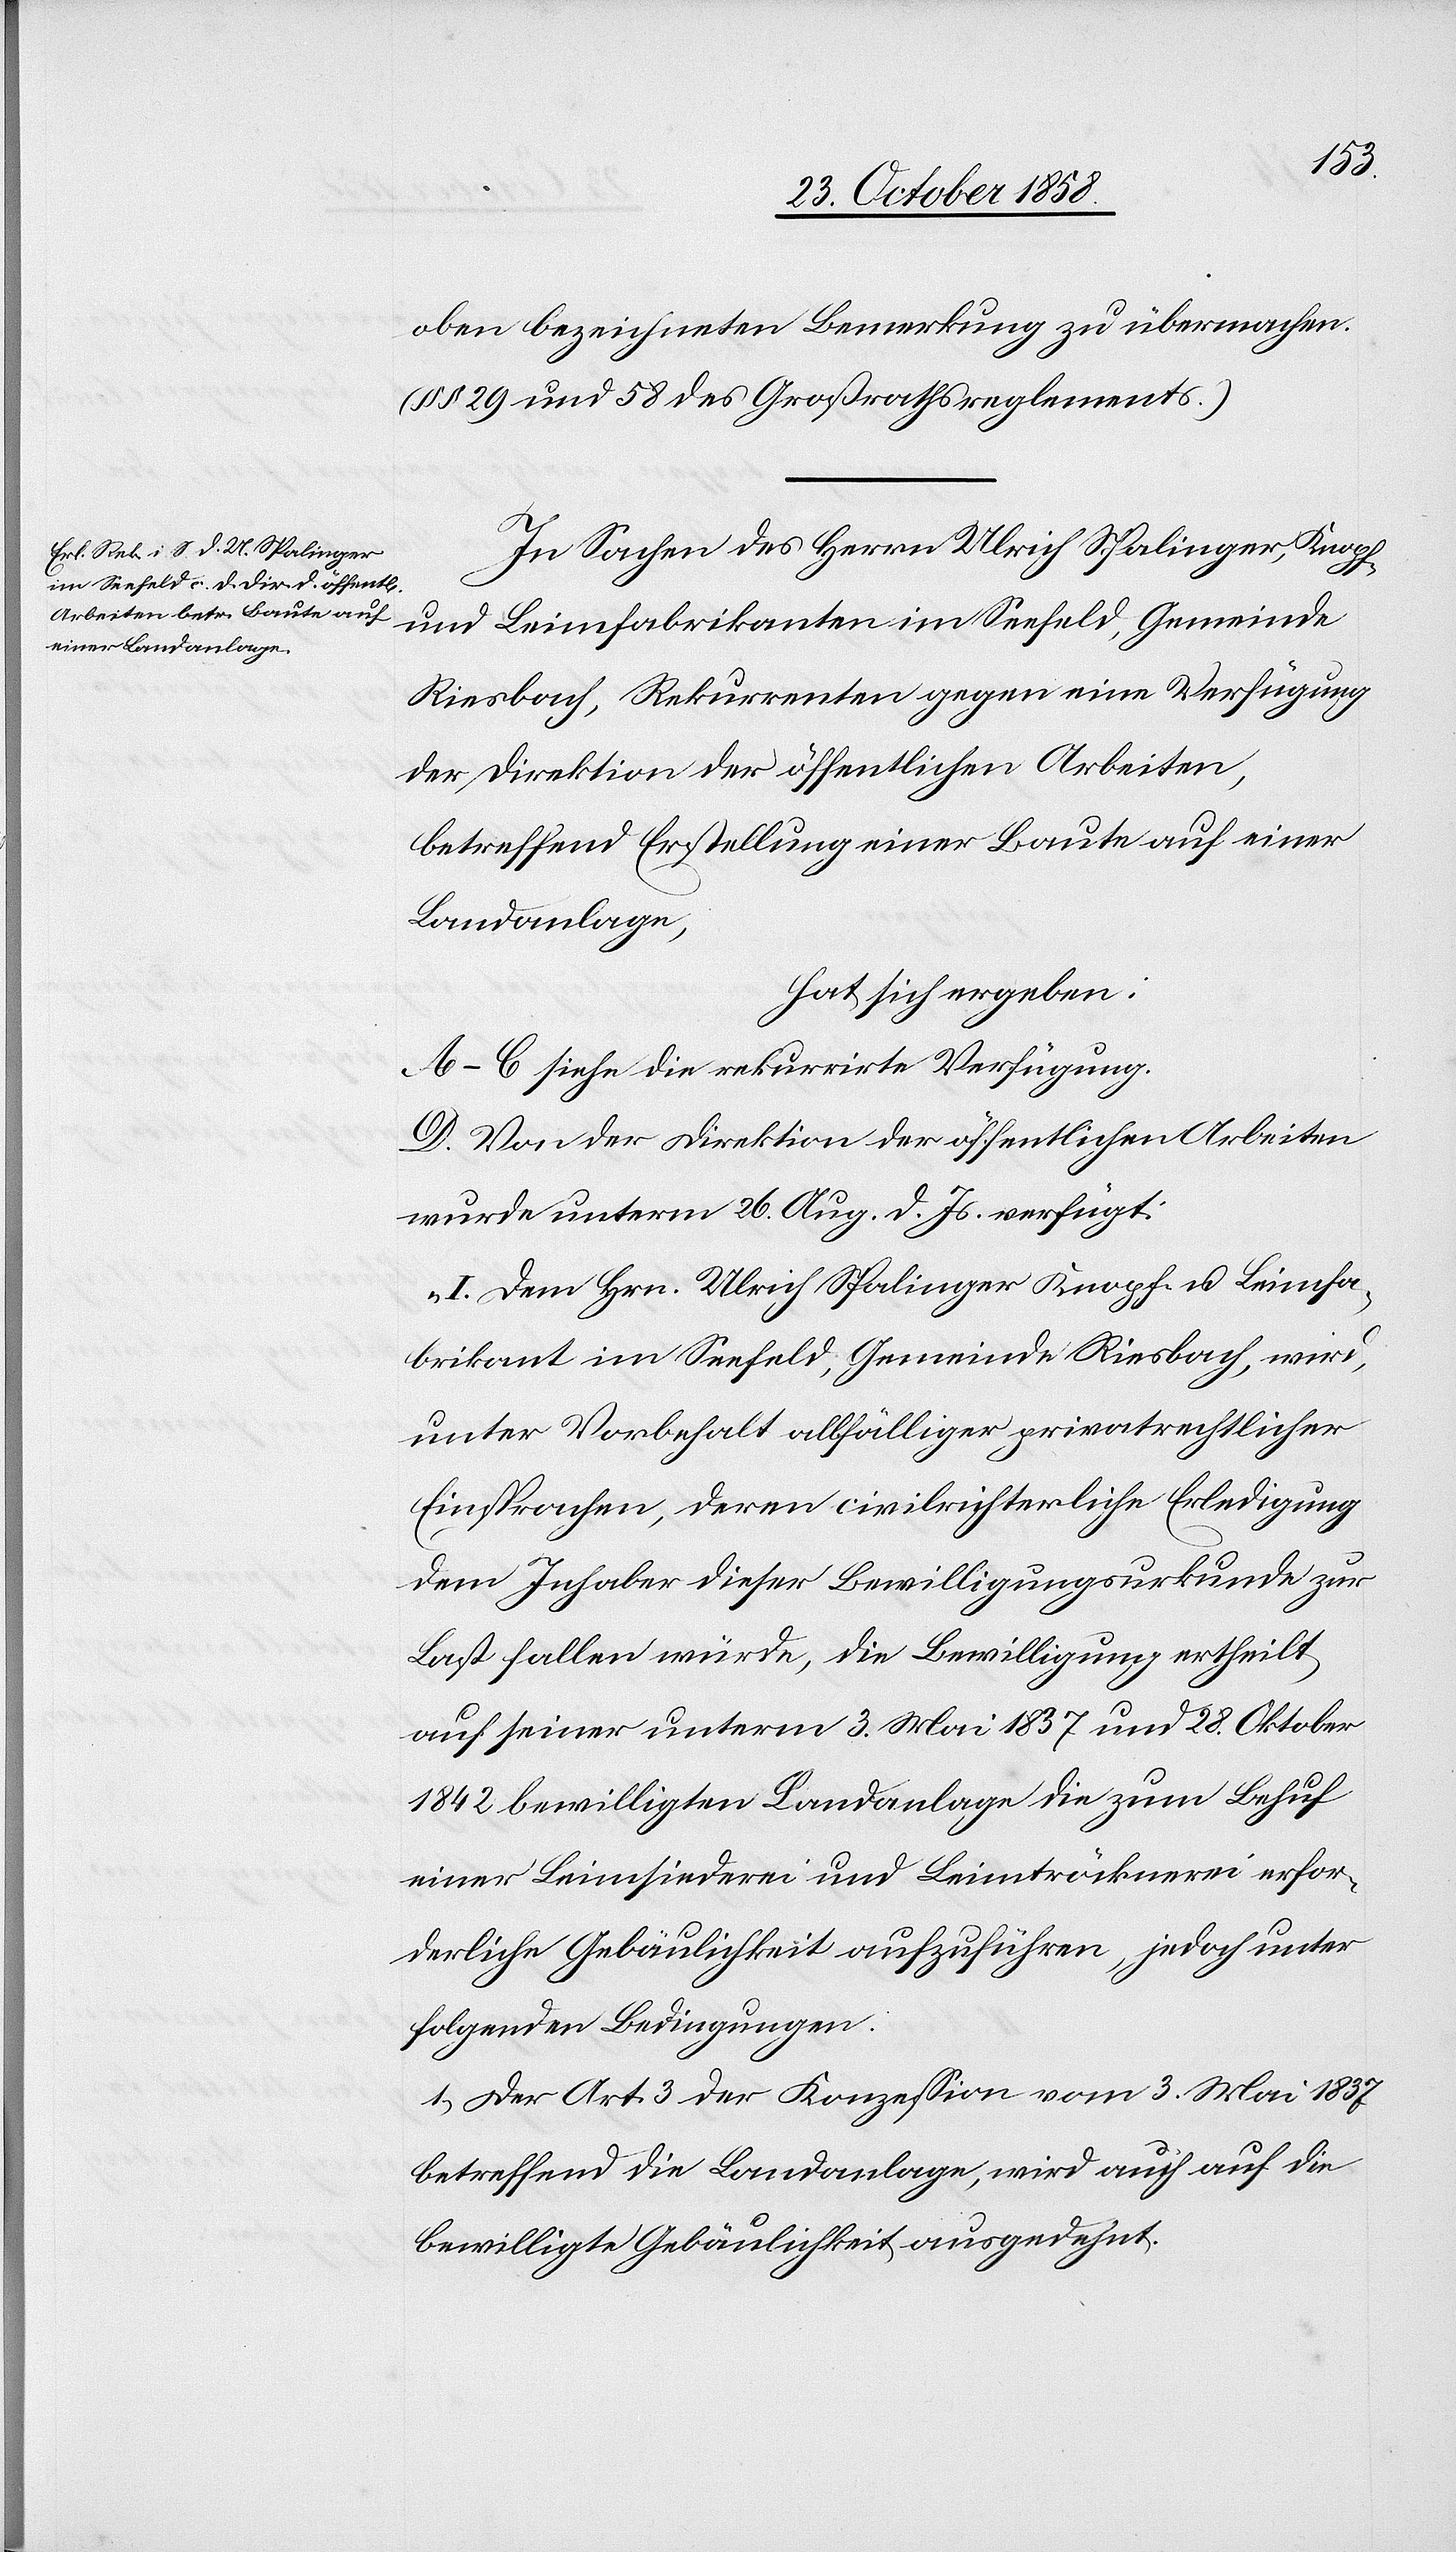
oben bezeichneten Bemerkung zu übermachen.
(§§ 29 und 58 des Großrathsreglements.)
In Sachen des Herrn Ulrich Spalinger, Knopf-
und Leimfabrikanten im Seefeld, Gemeinde
Riesbach, Rekurrenten gegen eine Verfügung
der Direktion der öffentlichen Arbeiten,
betreffend Erstellung einer Baute auf einer
Landanlage,
hat sich ergeben:
A–C siehe die rekurrirte Verfügung.
D. Von der Direktion der öffentlichen Arbeiten
wurde unterm 26. Aug. d. Js. verfügt:
„I. Dem Hrn. Ulrich Spalinger Knopf- u. Leimfa¬
brikant im Seefeld, Gemeinde Riesbach, wird,
unter Vorbehalt allfälliger privatrechtlicher
Einsprachen, deren civilrichterliche Erledigung
dem Inhaber dieser Bewilligungsurkunde zur
Last fallen würde, die Bewilligung ertheilt,
auf seiner unterm 3. Mai 1837 und 28. Oktober
1842 bewilligten Landanlage die zum Behuf
einer Leimsiederei und Leimtröcknerei erfor¬
derliche Gebäulichkeit aufzuführen, jedoch unter
folgenden Bedingungen:
1.) Der Art. 3 der Konzession vom 3. Mai 1837
betreffend die Landanlage, wird auch auf die
bewilligte Gebäulichkeit ausgedehnt.